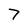
Character: 7